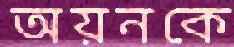
অয়নকে